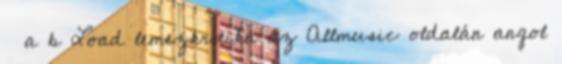
↑ a b Load lemezkritika az Allmusic oldalán angol